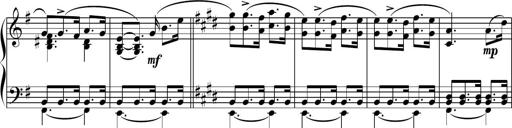
Title: Sonatine basque
Composer: Louis Sauter